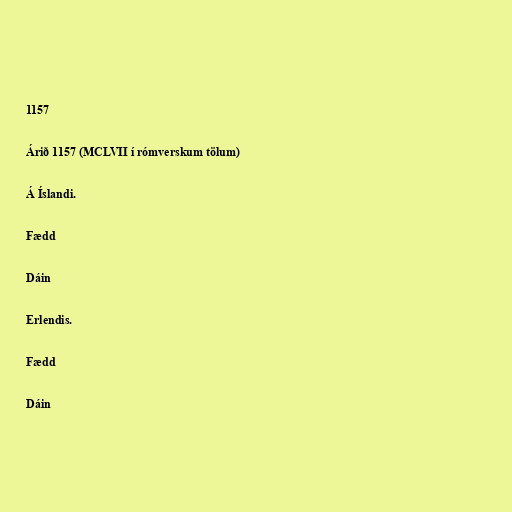
1157

Árið 1157 (MCLVII í rómverskum tölum)

Á Íslandi.

Fædd

Dáin

Erlendis.

Fædd

Dáin